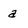
Character: a